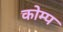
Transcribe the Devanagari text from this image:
कोम्प